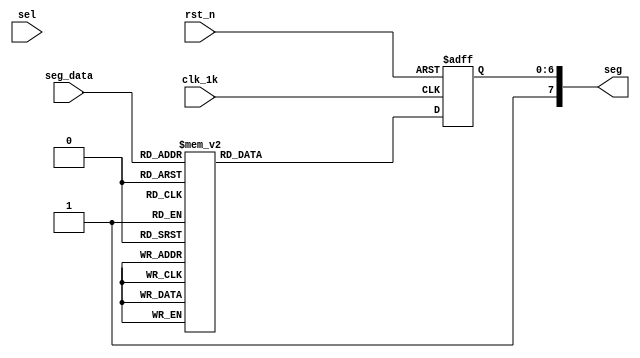
module seg_encode (clk_1k, seg_data, rst_n,sel, seg);
   input clk_1k;
	input [3:0] seg_data;
	input rst_n;
	input [5:0] sel ;
	
	output [7:0] seg;

	reg  [6:0]  seg_buf;
	wire 			seg_dp_buf;
	assign seg = {seg_dp_buf,seg_buf};
//	assign seg_dp_buf = (sel == 6'b101111) ? 0 : 1; 
	assign seg_dp_buf = 1; 
	
	always @ (posedge clk_1k or negedge rst_n)
	   begin
		   if (!rst_n)
			   begin
				   seg_buf <= 7'b0000_0000;
				end
			else
		      begin
			      case (seg_data)
					   0 : seg_buf  <= 7'b100_0000;
						1 : seg_buf  <= 7'b111_1001;
						2 : seg_buf  <= 7'b010_0100;
						3 : seg_buf  <= 7'b011_0000;
						4 : seg_buf  <= 7'b001_1001;
						5 : seg_buf  <= 7'b001_0010;
						6 : seg_buf  <= 7'b000_0010;
						7 : seg_buf  <= 7'b111_1000;
						8 : seg_buf  <= 7'b000_0000;
						9 : seg_buf  <= 7'b001_0000;
						10 : seg_buf <= 7'b000_1000;
						11 : seg_buf <= 7'b000_0011;
						12 : seg_buf <= 7'b100_0110;
						13 : seg_buf <= 7'b010_0001;
                  14 : seg_buf <= 7'b000_0110;
                  15 : seg_buf <= 7'b000_1110;						
                  default : seg_buf <=7'hef;
               endcase

			   end	
		
		end

endmodule